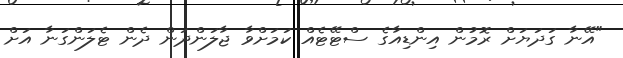
"އޭނާ ގަދަޔަށް ރޮމުން އިންޑިއާގެ ސްޓޭޓެއް ކަމަށްވާ ޖާލަންދަން ދެން ޓެލަންގަނާ އަށް